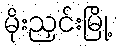
မိုးညှင်းမြို့